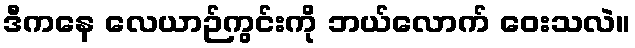
ဒီကနေ လေယာဉ်ကွင်းကို ဘယ်လောက် ဝေးသလဲ။